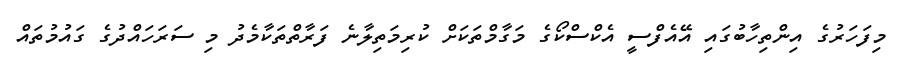
މިފަހަރުގެ އިންތިހާބުގައި އޭއެފްސީ އެކްސްކޯގެ މަގާމްތަކަށް ކުރިމަތިލާނެ ފަރާތްތަކާމެދު މި ސަރަހައްދުގެ ގައުމުތައް